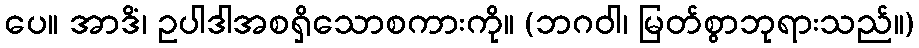
ပေ။ အာဒိံ၊ ဥပါဒါအစရှိသောစကားကို။ (ဘဂဝါ၊ မြတ်စွာဘုရားသည်။)